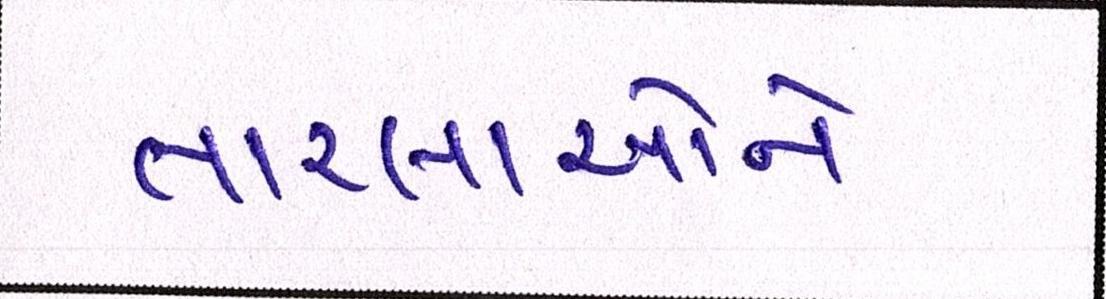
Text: તારલાઓને